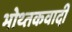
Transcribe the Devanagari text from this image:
भोथ्तकवादी